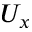
U _ { x }